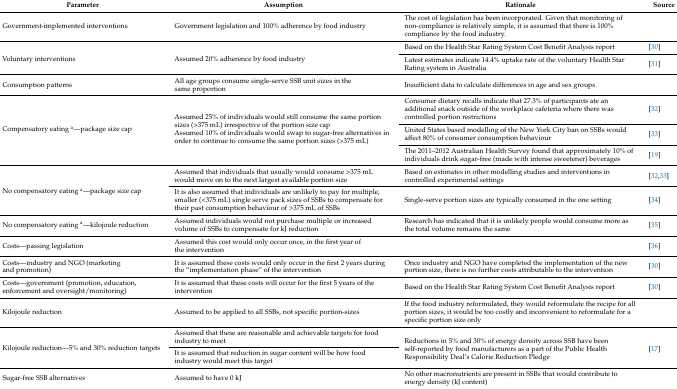
<table><thead><tr><td><b>Parameter</b></td><td><b>Assumption</b></td><td><b>Rationale</b></td><td><b>Source</b></td></tr></thead><tbody><tr><td>Government-implemented interventions</td><td>Government legislation and 100% adherence by food industry</td><td>The cost of legislation has been incorporated. Given that monitoring of non-compliance is relatively simple, it is assumed that there is 100% compliance by the food industry.</td><td></td></tr><tr><td rowspan="2">Voluntary interventions</td><td rowspan="2">Assumed 20% adherence by food industry</td><td>Based on the Health Star Rating System Cost Benefit Analysis report</td><td>[30]</td></tr><tr><td>Latest estimates indicate 14.4% uptake rate of the voluntary Health Star Rating system in Australia</td><td>[31]</td></tr><tr><td>Consumption patterns</td><td>All age groups consume single-serve SSB unit sizes in the same proportion</td><td>Insufficient data to calculate differences in age and sex groups.</td><td></td></tr><tr><td rowspan="3">Compensatory eating <sup>a</sup>—package size cap</td><td rowspan="3">Assumed 25% of individuals would still consume the same portion sizes (&gt;375 mL) irrespective of the portion size capAssumed 10% of individuals would swap to sugar-free alternatives in order to continue to consume the same portion sizes (&gt;375 mL)</td><td>Consumer dietary recalls indicate that 27.3% of participants ate an additional snack outside of the workplace cafeteria where there was controlled portion restrictions</td><td>[32]</td></tr><tr><td>United States based modelling of the New York City ban on SSBs would affect 80% of consumer consumption behaviour</td><td>[33]</td></tr><tr><td>The 2011–2012 Australian Health Survey found that approximately 10% of individuals drink sugar-free (made with intense sweetener) beverages</td><td>[19]</td></tr><tr><td rowspan="2">No compensatory eating <sup>a</sup>—package size cap</td><td>Assumed that individuals that usually would consume &gt;375 mL would move on to the next largest available portion size</td><td>Based on estimates in other modelling studies and interventions in controlled experimental settings</td><td>[32,33]</td></tr><tr><td>It is also assumed that individuals are unlikely to pay for multiple, smaller (&lt;375 mL) single serve pack sizes of SSBs to compensate for their past consumption behaviour of &gt;375 mL of SSBs</td><td>Single-serve portion sizes are typically consumed in the one setting</td><td>[34]</td></tr><tr><td>No compensatory eating <sup>a</sup>—kilojoule reduction</td><td>Assumed individuals would not purchase multiple or increased volume of SSBs to compensate for kJ reduction</td><td>Research has indicated that it is unlikely people would consume more as the total volume remains the same</td><td>[35]</td></tr><tr><td>Costs—passing legislation</td><td>Assumed this cost would only occur once, in the first year of the intervention</td><td></td><td>[36]</td></tr><tr><td>Costs—industry and NGO (marketing and promotion)</td><td>It is assumed these costs would only occur in the first 2 years during the “implementation phase” of the intervention</td><td>Once industry and NGO have completed the implementation of the new portion size, there is no further costs attributable to the intervention</td><td>[30]</td></tr><tr><td>Costs—government (promotion, education, enforcement and oversight/monitoring)</td><td>It is assumed that these costs will occur for the first 5 years of the intervention</td><td>Based on the Health Star Rating System Cost Benefit Analysis report </td><td>[30]</td></tr><tr><td>Kilojoule reduction</td><td>Assumed to be applied to all SSBs, not specific portion-sizes</td><td>If the food industry reformulated, they would reformulate the recipe for all portion sizes, it would be too costly and inconvenient to reformulate for a specific portion size only</td><td></td></tr><tr><td rowspan="2">Kilojoule reduction—5% and 30% reduction targets</td><td>Assumed that these are reasonable and achievable targets for food industry to meet</td><td rowspan="2">Reductions in 5% and 30% of energy density across SSB have been self-reported by food manufacturers as a part of the Public Health Responsibility Deal’s Calorie Reduction Pledge</td><td rowspan="2">[17]</td></tr><tr><td>It is assumed that reduction in sugar content will be how food industry would meet this target</td></tr><tr><td>Sugar-free SSB alternatives</td><td>Assumed to have 0 kJ</td><td>No other macronutrients are present in SSBs that would contribute to energy density (kJ content)</td><td></td></tr></tbody></table>